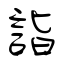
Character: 詣